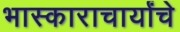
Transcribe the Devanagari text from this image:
भास्काराचार्यांचे